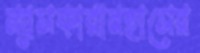
ম্যাসকারানহাসের